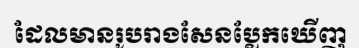
ដែលមានរូបរាងសែនប្លែកឃើញ